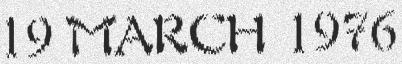
19 MARCH 1976